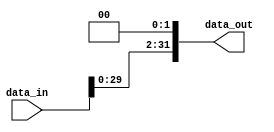
module shift_left_2(
    input wire [31:0] data_in,
    output wire [31:0] data_out
);

assign data_out = data_in << 2;

endmodule